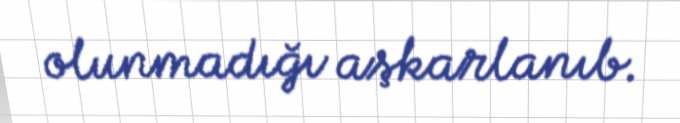
olunmadığı aşkarlanıb.